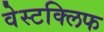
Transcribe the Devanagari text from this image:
वेस्टक्लिफ